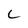
Character: L